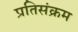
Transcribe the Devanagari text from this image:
प्रतिसंक्रम